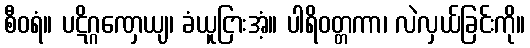
စီဝရံ။ ပဋိဂ္ဂဏှေယျ၊ ခံယူငြားအံ့။ ပါရိဝတ္တကာ၊ လဲလှယ်ခြင်းကို။